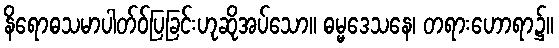
နိရောဓသမာပါတ်ဝ်ပြခြင်းဟုဆိုအပ်သော။ ဓမ္မဒေသနေ၊ တရားဟောရာ၌။